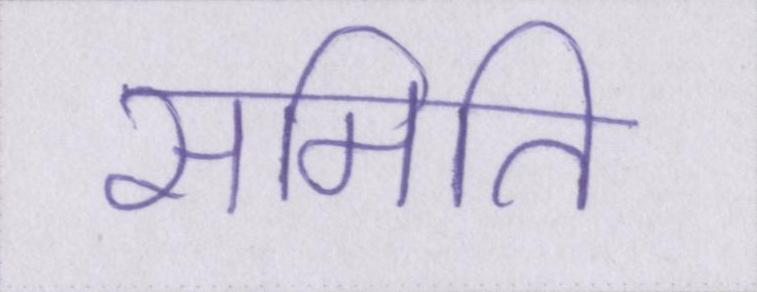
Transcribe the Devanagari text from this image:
समिति